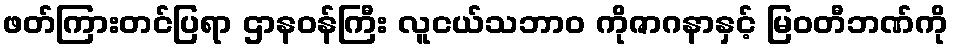
ဖတ်ကြားတင်ပြရာ ဌာနဝန်ကြီး လူငယ်သဘာ၀ ကိုဇာဂနာနှင့် မြဝတီဘဏ်ကို